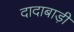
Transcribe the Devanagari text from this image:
दादाबाड़ी